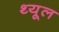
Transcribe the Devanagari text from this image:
थ्यूल